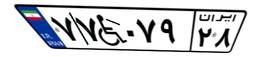
۰۳W۷۹۶۴۲